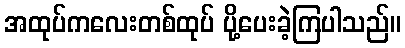
အထုပ်ကလေးတစ်ထုပ် ပို့ပေးခဲ့ကြပါသည်။